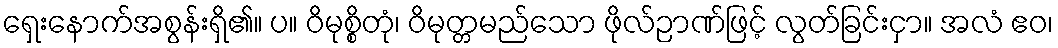
ရှေးနောက်အစွန်းရှိ၏။ ပ။ ဝိမုစ္စိတုံ၊ ဝိမုတ္တမည်သော ဖိုလ်ဉာဏ်ဖြင့် လွတ်ခြင်းငှာ။ အလံ ဧဝ၊